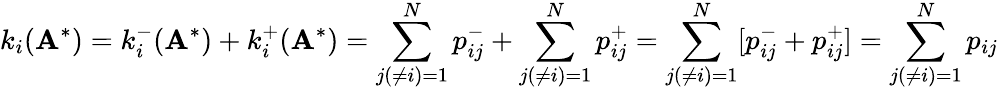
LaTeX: k_{i}(\mathbf{A}^{*})=k_{i}^{-}(\mathbf{A}^{*})+k_{i}^{+}(\mathbf{A}^{*})=\sum_{j(\neq i)=1}^{N}p_{ij}^{-}+\sum_{j(\neq i)=1}^{N}p_{ij}^{+}=\sum_{j(\neq i)=1}^{N}[p_{ij}^{-}+p_{ij}^{+}]=\sum_{j(\neq i)=1}^{N}p_{ij}